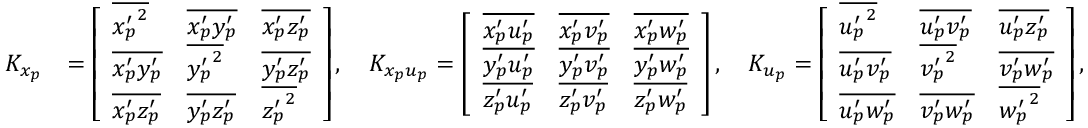
\begin{array} { r l } { K _ { x _ { p } } } & { = \left[ \begin{array} { l l l } { \overline { { { x _ { p } ^ { \prime } } ^ { 2 } } } } & { \overline { { { x _ { p } ^ { \prime } } { y _ { p } ^ { \prime } } } } } & { \overline { { { x _ { p } ^ { \prime } } { z _ { p } ^ { \prime } } } } } \\ { \overline { { { x _ { p } ^ { \prime } } { y _ { p } ^ { \prime } } } } } & { \overline { { { y _ { p } ^ { \prime } } ^ { 2 } } } } & { \overline { { { y _ { p } ^ { \prime } } { z _ { p } ^ { \prime } } } } } \\ { \overline { { { x _ { p } ^ { \prime } } { z _ { p } ^ { \prime } } } } } & { \overline { { { y _ { p } ^ { \prime } } { z _ { p } ^ { \prime } } } } } & { \overline { { { z _ { p } ^ { \prime } } ^ { 2 } } } } \end{array} \right] , \ \ \ K _ { x _ { p } u _ { p } } = \left[ \begin{array} { l l l } { \overline { { { x _ { p } ^ { \prime } } { u _ { p } ^ { \prime } } } } } & { \overline { { { x _ { p } ^ { \prime } } { v _ { p } ^ { \prime } } } } } & { \overline { { { x _ { p } ^ { \prime } } { w _ { p } ^ { \prime } } } } } \\ { \overline { { { y _ { p } ^ { \prime } } { u _ { p } ^ { \prime } } } } } & { \overline { { { y _ { p } ^ { \prime } } { v _ { p } ^ { \prime } } } } } & { \overline { { { y _ { p } ^ { \prime } } { w _ { p } ^ { \prime } } } } } \\ { \overline { { { z _ { p } ^ { \prime } } { u _ { p } ^ { \prime } } } } } & { \overline { { { z _ { p } ^ { \prime } } { v _ { p } ^ { \prime } } } } } & { \overline { { { z _ { p } ^ { \prime } } { w _ { p } ^ { \prime } } } } } \end{array} \right] , \ \ \ K _ { u _ { p } } = \left[ \begin{array} { l l l } { \overline { { { u _ { p } ^ { \prime } } ^ { 2 } } } } & { \overline { { { u _ { p } ^ { \prime } } { v _ { p } ^ { \prime } } } } } & { \overline { { { u _ { p } ^ { \prime } } { z _ { p } ^ { \prime } } } } } \\ { \overline { { { u _ { p } ^ { \prime } } { v _ { p } ^ { \prime } } } } } & { \overline { { { v _ { p } ^ { \prime } } ^ { 2 } } } } & { \overline { { { v _ { p } ^ { \prime } } { w _ { p } ^ { \prime } } } } } \\ { \overline { { { u _ { p } ^ { \prime } } { w _ { p } ^ { \prime } } } } } & { \overline { { { v _ { p } ^ { \prime } } { w _ { p } ^ { \prime } } } } } & { \overline { { { w _ { p } ^ { \prime } } ^ { 2 } } } } \end{array} \right] , } \end{array}